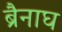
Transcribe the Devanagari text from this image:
ब्रैनाघ